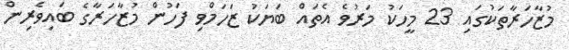
މުޒާހަރާތަކުގައި 23 މީހަކު މަރުވެ އެތައް ބަޔަކު ޒަހަމްވި ފަހުން މުޒާހަރާގެ ބައިވެރިން